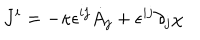
J ^ { i } = - \kappa \epsilon ^ { i j } \dot { A } _ { j } + \epsilon ^ { i j } \partial _ { j } \chi